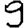
Digit: 9